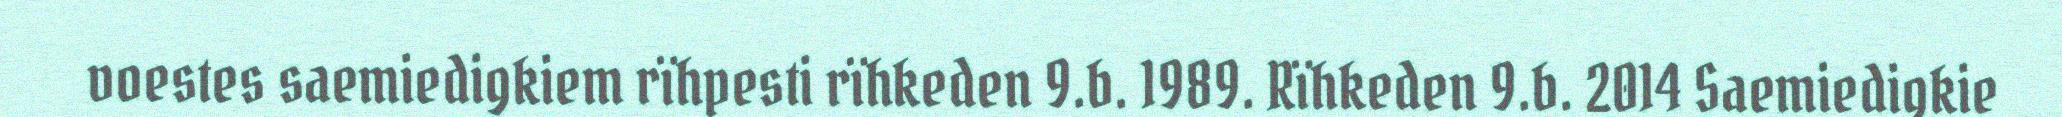
voestes saemiedigkiem rïhpesti rïhkeden 9.b. 1989. Rïhkeden 9.b. 2014 Saemiedigkie